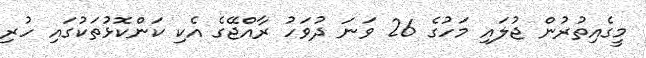
މީގެއިތުރުން ޖުލައި މަހުގެ 26 ވަނަ ދުވަހު ރާއްޖޭގެ އެކި ކަންކޮޅުތަކުގައި ހުރި